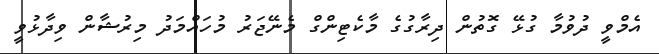
އެމްވީ ދުވުމާ ގުޅޭ ގޮތުން ދިރާގުގެ މާކެޓިންގް މެނޭޖަރު މުހައްމަދު މިރުޝާން ވިދާޅުވީ